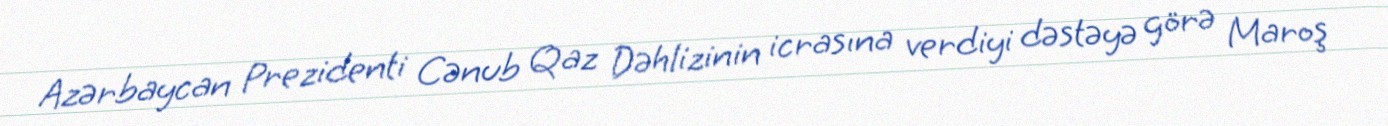
Azərbaycan Prezidenti Cənub Qaz Dəhlizinin icrasına verdiyi dəstəyə görə Maroş